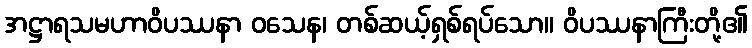
အဋ္ဌာရသမဟာဝိပဿနာ ဝသေန၊ တစ်ဆယ့်ရှစ်ရပ်သော။ ဝိပဿနာကြီးတို့၏